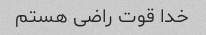
خدا قوت راضی هستم